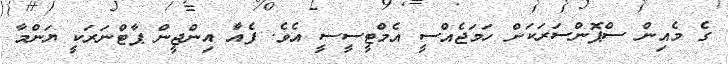
ގެ މެއިން ސްޕޮންސަރަކަށް ހަމަޖެއްސީ އެމްޓީސީސީ އެވެ. ފެއާެ އިންޖީން ޕާޓްނަރަކީ ޔަންމާ